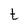
Character: t